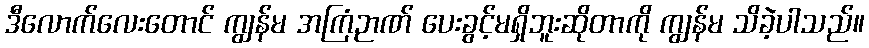
ဒီလောက်လေးတောင် ကျွန်မ အကြံဉာဏ် ပေးခွင့်မရှိဘူးဆိုတာကို ကျွန်မ သိခဲ့ပါသည်။